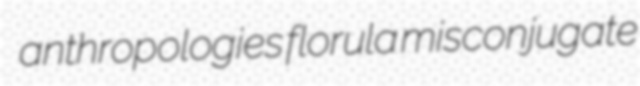
anthropologies florula misconjugate